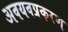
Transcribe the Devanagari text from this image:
अवयवप्रकरण